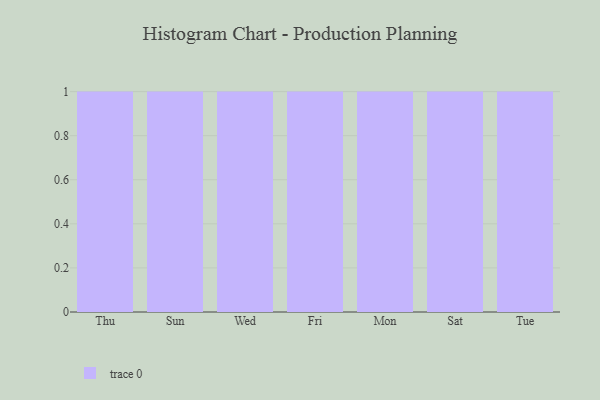
{"axis": {"x": "Day", "y": "Population (Million)"}, "legend": [""], "data": [{"x": "Thu", "y": 60, "type": ""}, {"x": "Sun", "y": 23, "type": ""}, {"x": "Wed", "y": 87, "type": ""}, {"x": "Fri", "y": 21, "type": ""}, {"x": "Mon", "y": 48, "type": ""}, {"x": "Sat", "y": 55, "type": ""}, {"x": "Tue", "y": 86, "type": ""}]}